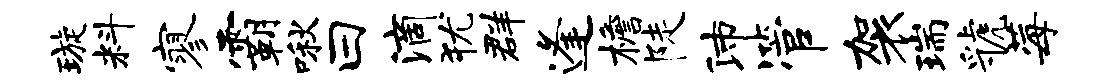
璇料寥霸啾曰滴犹群逢檐陡沛管袈瑞虢莓